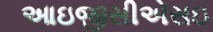
આઇજીસીએસઇ